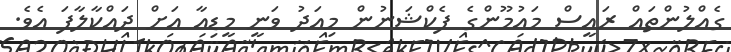
ގެއްލުންތައް ރައީސް މައުމޫންގެ ފެކްޝަނުން މިއަދު ވަނީ މީޑިއާ އަށް ދައްކާލާފަ އެވެ.